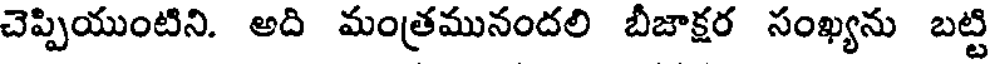
చెప్పియుంటిని. అది మంత్రమునందలి బీజాక్షర సంఖ్యను బట్టి